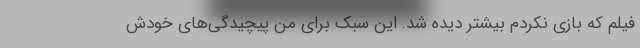
فیلم که بازی نکردم بیشتر دیده شد. این سبک برای من پیچیدگی‌های خودش